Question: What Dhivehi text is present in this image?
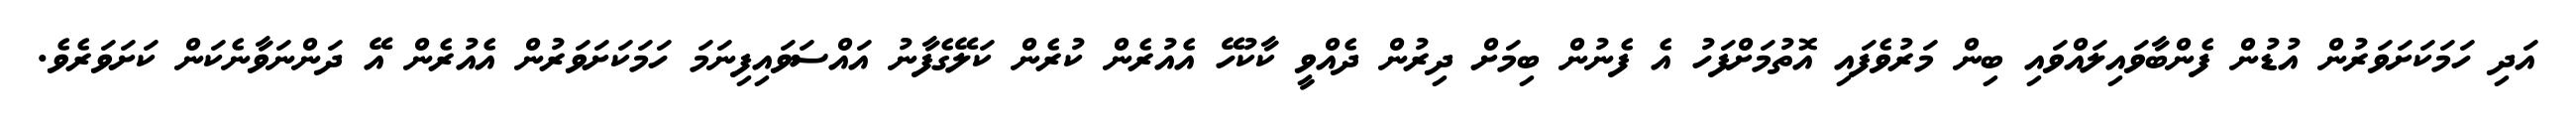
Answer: އަދި ހަމަކަށަވަރުން އުޑުން ފެންބާވައިލައްވައި ބިން މަރުވެފައި އޮތުމަށްފަހު އެ ފެނުން ބިމަށް ދިރުން ދެއްވީ ކާކުހޭ އެއުރެން ކުރެން ކަލޭގެފާނު އައްސަވައިފިނަމަ ހަމަކަށަވަރުން އެއުރެން އޭ ދަންނަވާނެކަން ކަށަވަރެވެ.